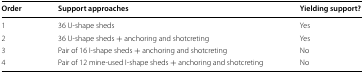
<table><thead><tr><td><b>Order</b></td><td><b>Support approaches</b></td><td><b>Yielding support?</b></td></tr></thead><tbody><tr><td>1</td><td>36 U-shape sheds</td><td>Yes</td></tr><tr><td>2</td><td>36 U-shape sheds + anchoring and shotcreting</td><td>Yes</td></tr><tr><td>3</td><td>Pair of 16 I-shape sheds + anchoring and shotcreting</td><td>No</td></tr><tr><td>4</td><td>Pair of 12 mine-used I-shape sheds + anchoring and shotcreting</td><td>No</td></tr></tbody></table>